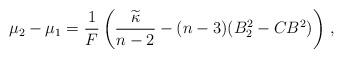
LaTeX: \begin{align*}\mu_2-\mu_1=\frac 1F\left(\frac{\widetilde{\kappa}}{n-2}-(n-3)(B^2_2-CB^2)\right)\,,\end{align*}